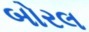
બોરલ